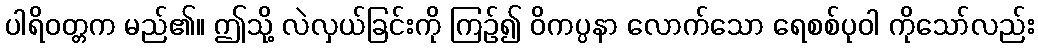
ပါရိဝတ္တက မည်၏။ ဤသို့ လဲလှယ်ခြင်းကို ကြဉ်၍ ဝိကပ္ပနာ လောက်သော ရေစစ်ပုဝါ ကိုသော်လည်း